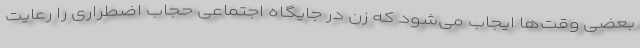
بعضی وقت‌ها ایجاب می‌شود که زن در جایگاه اجتماعی حجاب اضطراری را رعایت